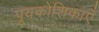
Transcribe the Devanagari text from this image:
पूयकोशिकाएँ